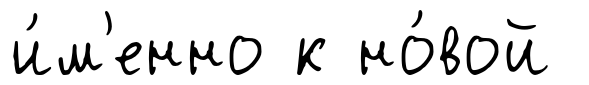
и́м'енно к но́вой